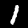
Digit: 1